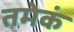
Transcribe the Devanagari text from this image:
तमेकं